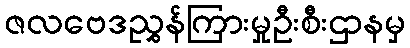
ဇလဗေဒညွှန်ကြားမှုဦးစီးဌာနမှ